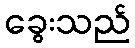
ခွေးသည်